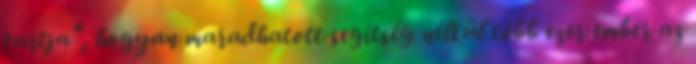
tartja", hogyan maradhatott segítség nélkül több ezer ember az